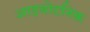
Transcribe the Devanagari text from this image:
आइबोटनिक